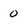
Character: 0